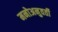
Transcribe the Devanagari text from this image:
मनोअनुवर्ती